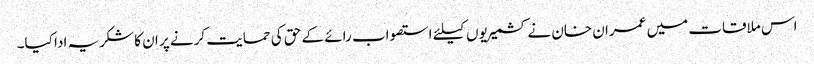
اس ملاقات میں عمران خان نے کشمیریوں کیلئے استصواب رائے کے حق کی حمایت کرنے پر ان کا شکریہ ادا کیا۔